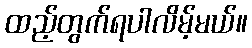
ထည့်တွက်ရပါလိမ့်မယ်။